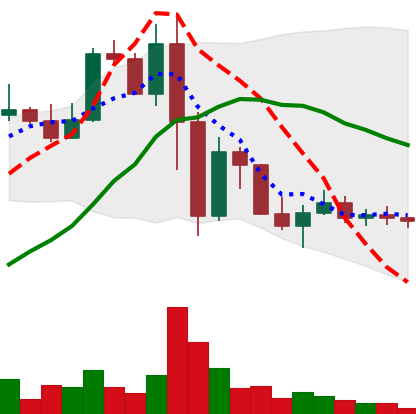
Ticker: LINK-USD
Chart end date: 2022-11-19
Forward return: 11.08%
Label: up_7plus